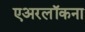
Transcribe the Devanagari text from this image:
एअरलॉकना